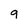
Character: 9